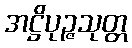
အဋ္ဌိပုဉ္ဇသုတ္တ